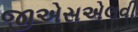
જીએસએલવી